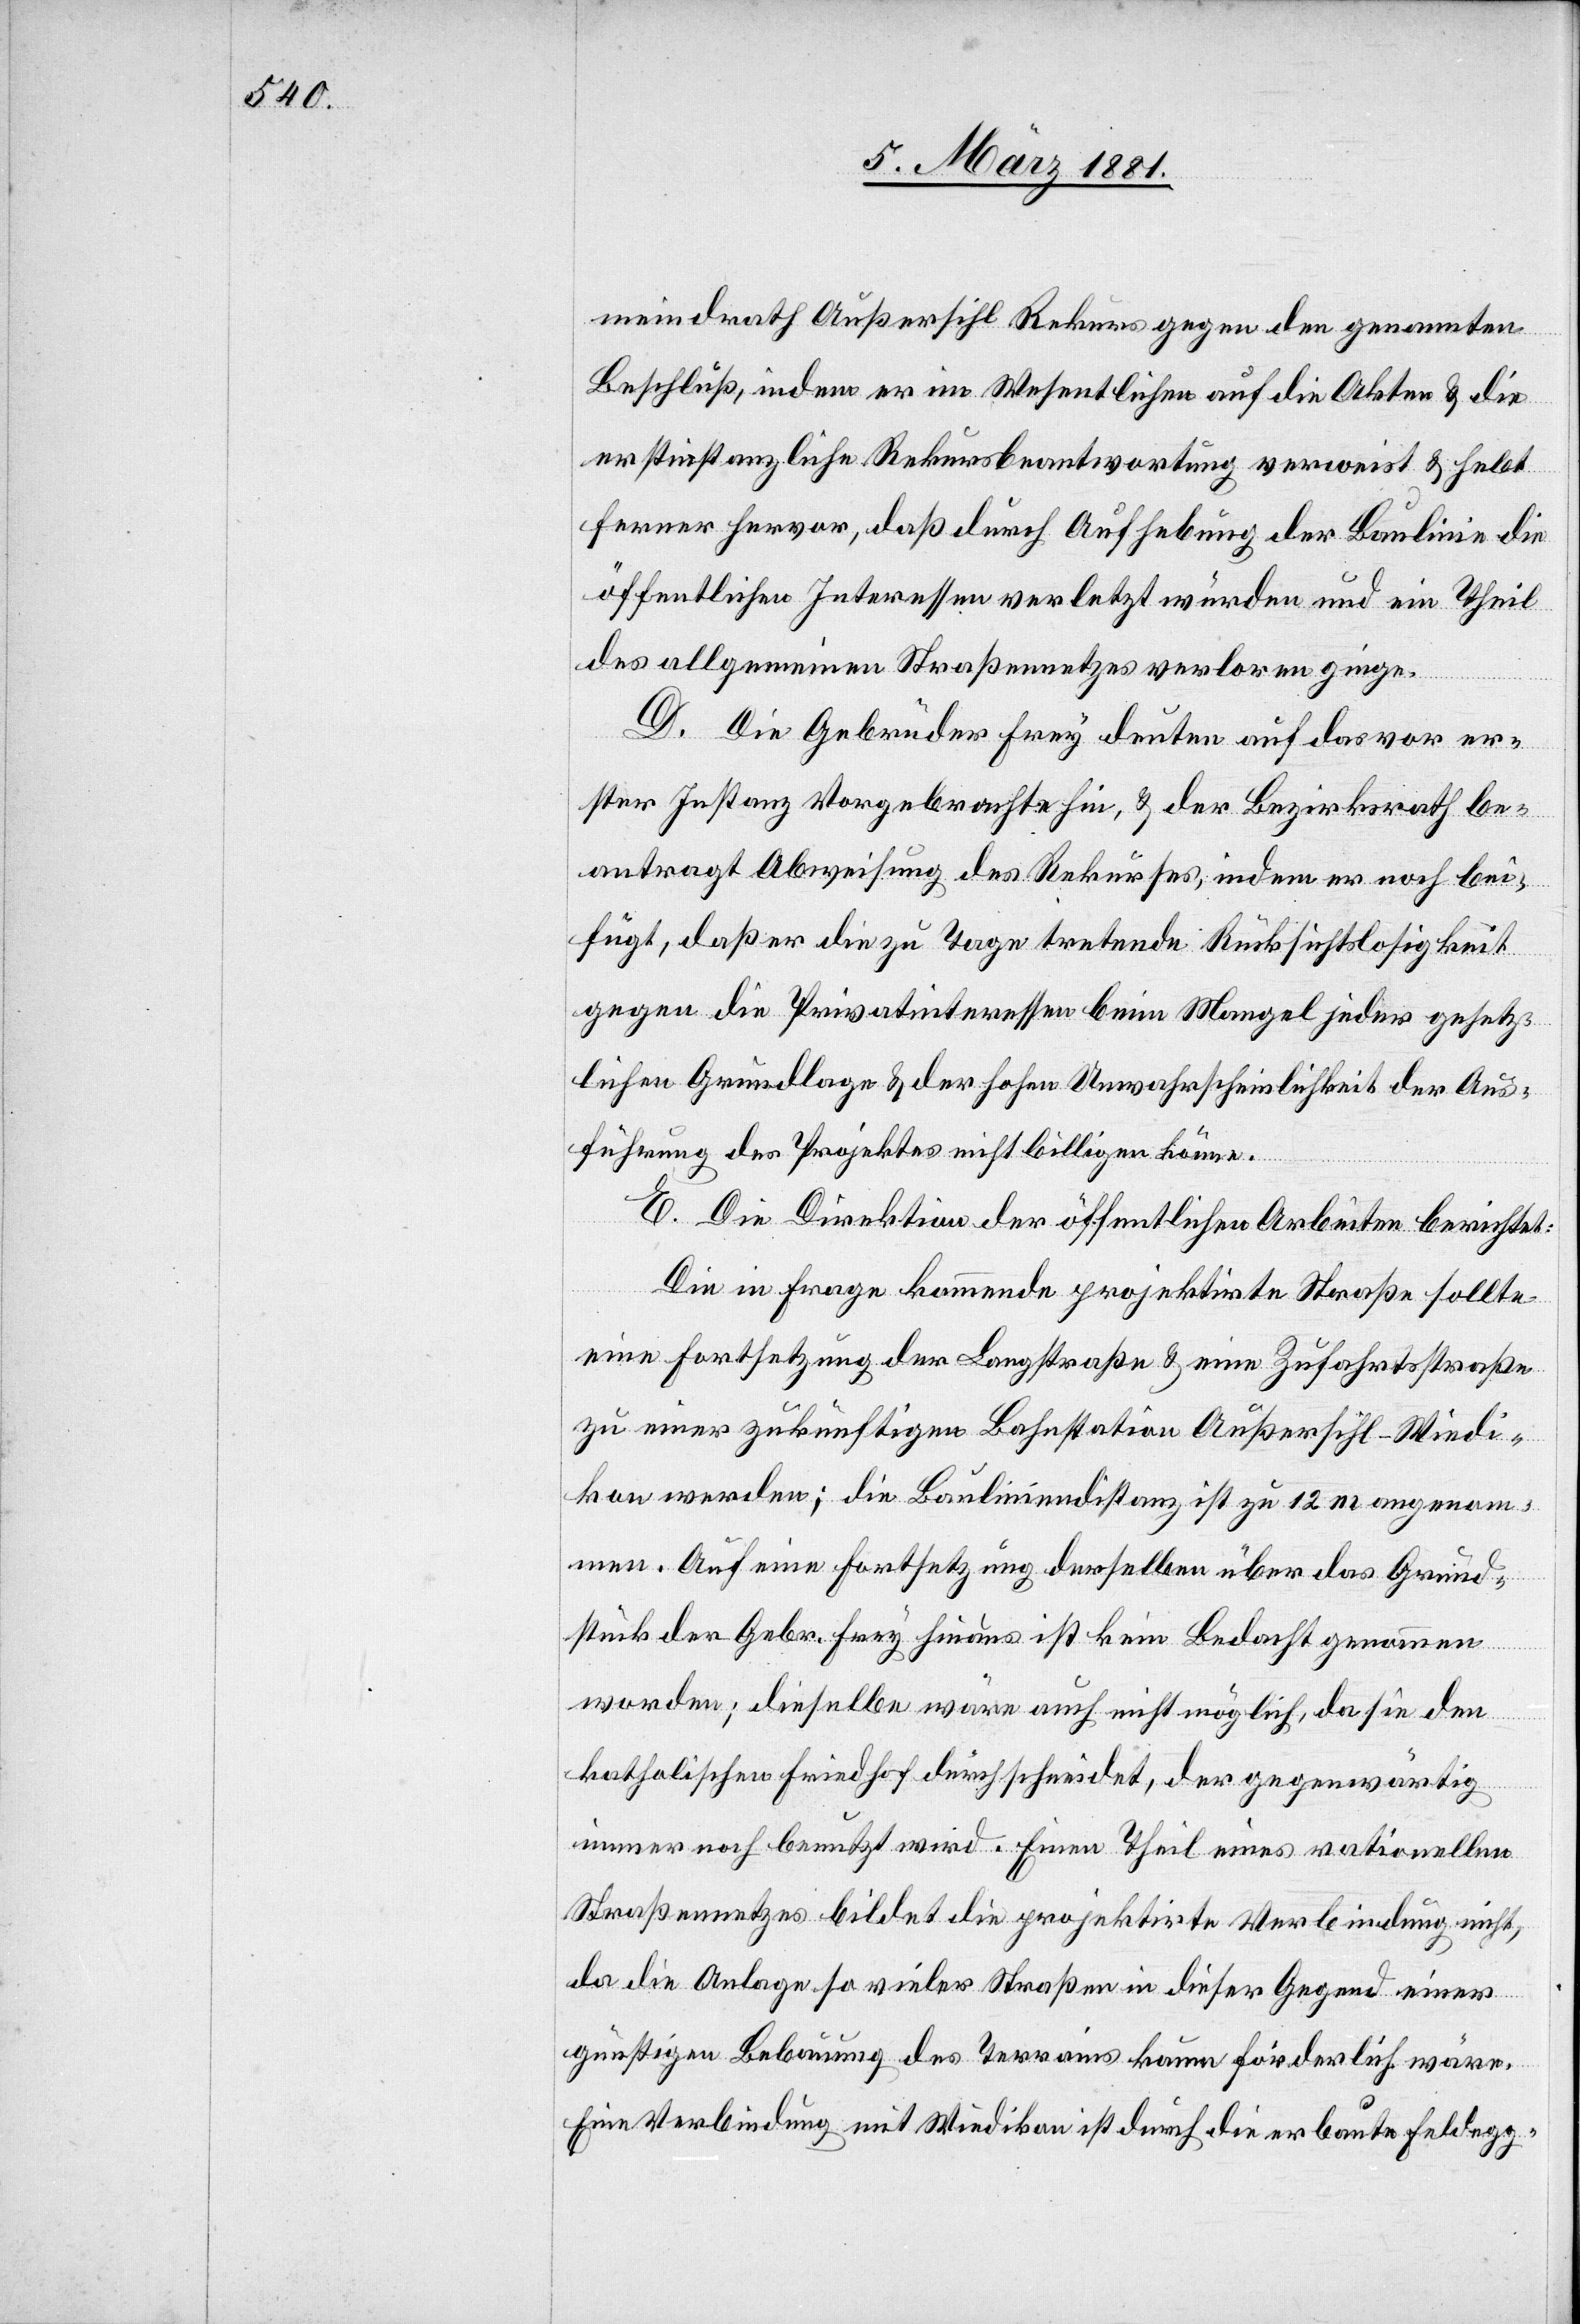
meindrath Außersihl Rekurs gegen den genannten
Beschluß, indem er im Wesentlichen auf die Akten & die
erstinstanzliche Rekursbeantwortung verweist & hebt
ferner hervor, daß durch Aufhebung der Baulinie die
öffentlichen Interessen verletzt würden und ein Theil
des allgemeinen Straßennetzes verloren ginge.
D. Die Gebrüder Frey deuten auf das vor er¬
ster Instanz Vorgebrachte hin, & der Bezirksrath be¬
antragt Abweisung des Rekurses, indem er noch bei¬
fügt, daß er die zu Tage tretende Rücksichtslosigkeit
gegen die Privatinteressen beim Mangel jeder gesetz¬
lichen Grundlage & der hohen Unwahrscheinlichkeit der Aus¬
führung des Projektes nicht billigen könne.
E. Die Direktion der öffentlichen Arbeiten berichtet:
Die in Frage kommende projektirte Straße sollte
eine Fortsetzung der Landstraße & eine Zufahrtsstraße
zu einer zukünftigen Bahnstation Außersihl-Wiedi¬
kon werden; die Bauliniendistanz ist zu 12 m angenom¬
men. Auf eine Fortsetzung derselben über das Grund¬
stück der Gebr. Frey hinaus ist kein Bedacht genommen
worden; dieselbe wäre auch nicht möglich, da sie den
katholischen Friedhof durchschneidet, der gegenwärtig
immer noch benutzt wird. Einen Theil eines rationellen
Straßennetzes bildet die projektirte Verbindung nicht,
da die Anlage so vieler Straßen in dieser Gegend einer
günstigen Bebauung des Trottoirs kaum förderlich wäre.
Eine Verbindung mit Wiedikon ist durch die erbaute Feldegg-